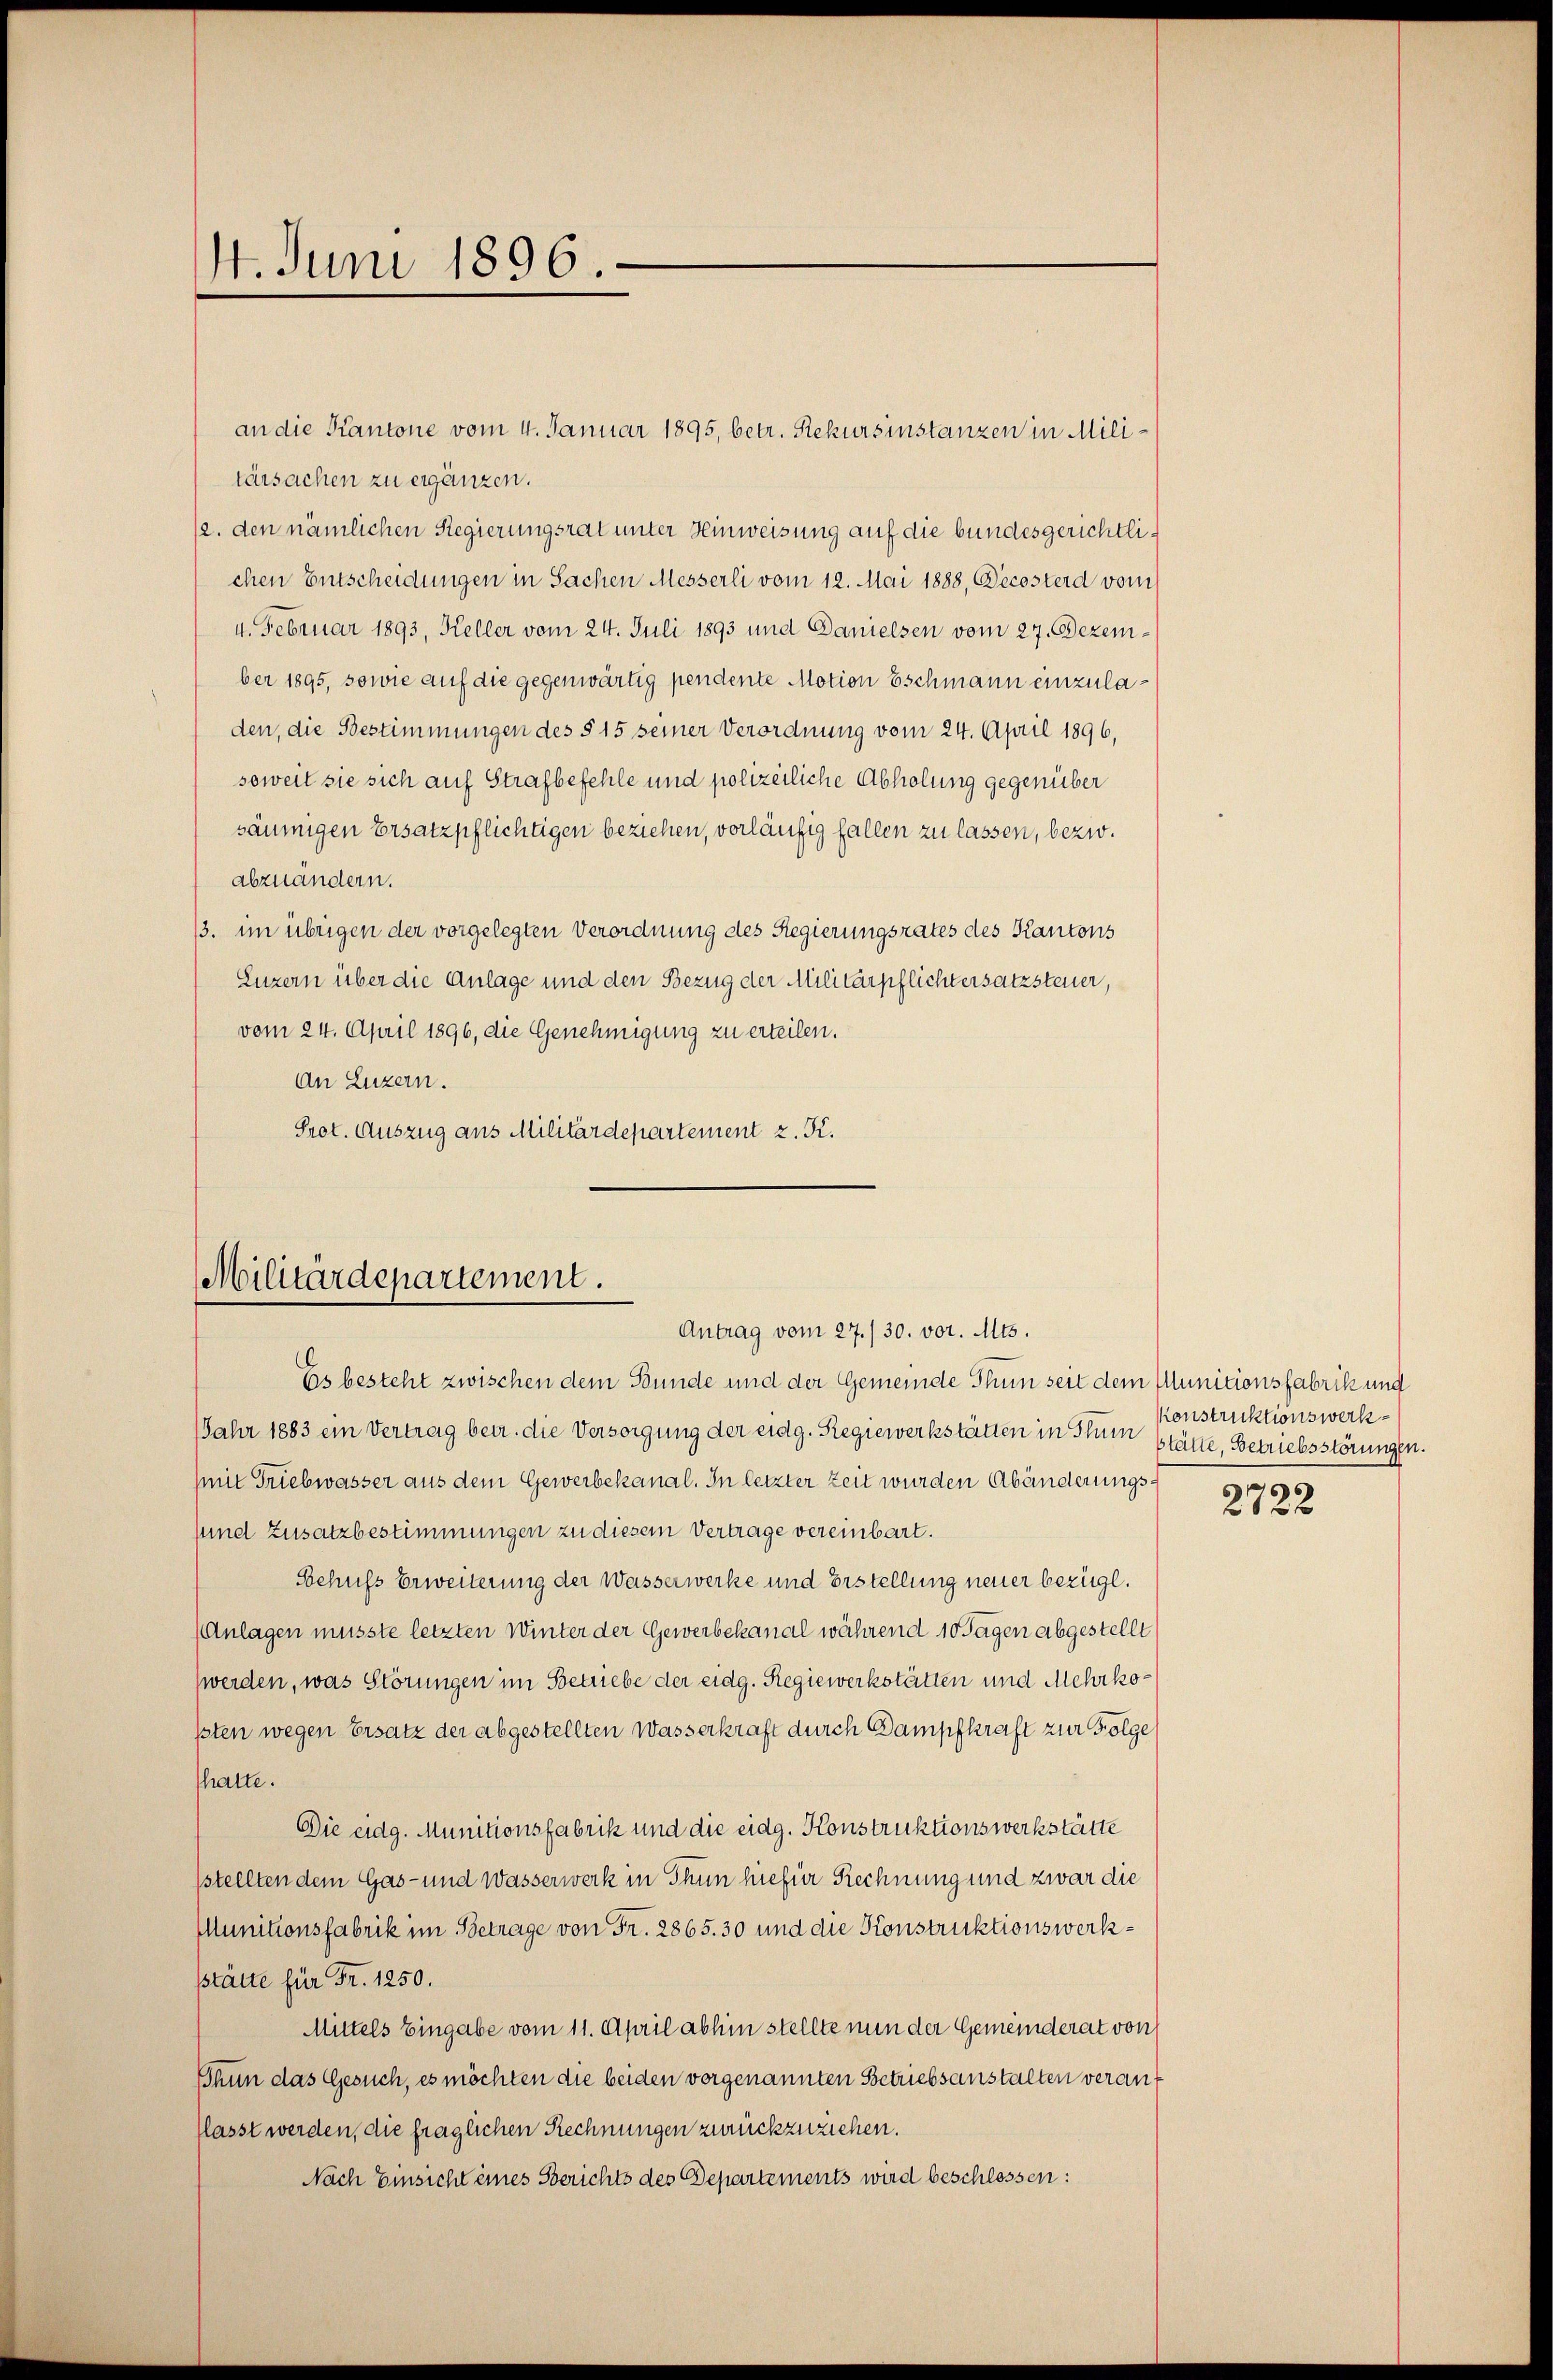
4. Juni 1896.

tärsachen zu ergänzen.
/2. den nämlichen Regierungsrat unter Heinweisung auf die bundesgerichtlichen Entscheidungen in Sachen Messerli vom 12. Mai 1888, Decosterd vom
4. Februar 1893, Keller vom 24. Juli 1893 und Danielsen vom 27. Dezember 1895, sowie auf die gegenwärtig pendente Motion Eschmann einzuladen, die Bestimmungen des § 15 seiner Verordnung vom 24. April 1896,
soweit sie sich auf Strafbefehle und polizeiliche Abholung gegenüber
säumigen Ersatzpflichtigen beziehen, vorläufig fallen zu lassen, bezw.
abzuändern.
13. im übrigen der vorgelegten Verordnung des Regierungsrates des Kantons
Luzern über die Anlage und den Bezug der Militärpflichtersatzsteuer,
vom 24. April 1896, die Genehmigung zu erteilen.
An Luzern.
Prot. Auszug aus Militärdepartement z. Kr.

an die Kantone vom 4. Januar 1895, betr. Rekursinstanzen in Mili¬

Militärdepartement.
Antrag vom 27./30. vor. Mts.

Es besteht zwischen dem Bunde und der Gemeinde Thun seit dem Municionsfabrik und
Jahr 1883 ein Vertrag betr. die Versorgung der eidg. Regiewerkstätten in Stum stätte, Betriebsstörungen.
mit Triebwasser aus dem Gewerbekanal. In letzter Zeit wurden Abänderungssund Zusatzbestimmungen zu diesem Vertrage vereinbart.
Sehufs Erweiterung der Wasserwerke und Erstellung neuer bezügl.
Anlagen musste letzten Winter der Gewerbekanal während 10 Tagen abgestellt
(werden, was Störungen im Betriebe der eidg. Regiewerkstätten und Mehrkoßsten wegen Ersatz der abgestellten Wasserkraft durch Dampfkraft zur Folge
fhalte.
Die eidg. Munitionsfabrik und die eidg. Konstruktionswerkstätte
pstellten dem Gas- und Wasserwerk in Thun hiefür Rechnung und zwar die
Munitionsfabrik im Betrage von Fr. 2865. 30 und die Konstruktionswerkstätte für Fr. 1250.
Mittels Eingabe vom 11. April abhin stellte nun der Gemeinderat von
Thun das Gesuch, es möchten die beiden vorgenannten Betriebsanstalten veranflasst werden, die fraglichen Rechnungen zurückzuziehen.
Nach Einsicht eines Berichts des Departements wird beschlossen:

Konstruktionswerk¬
2722